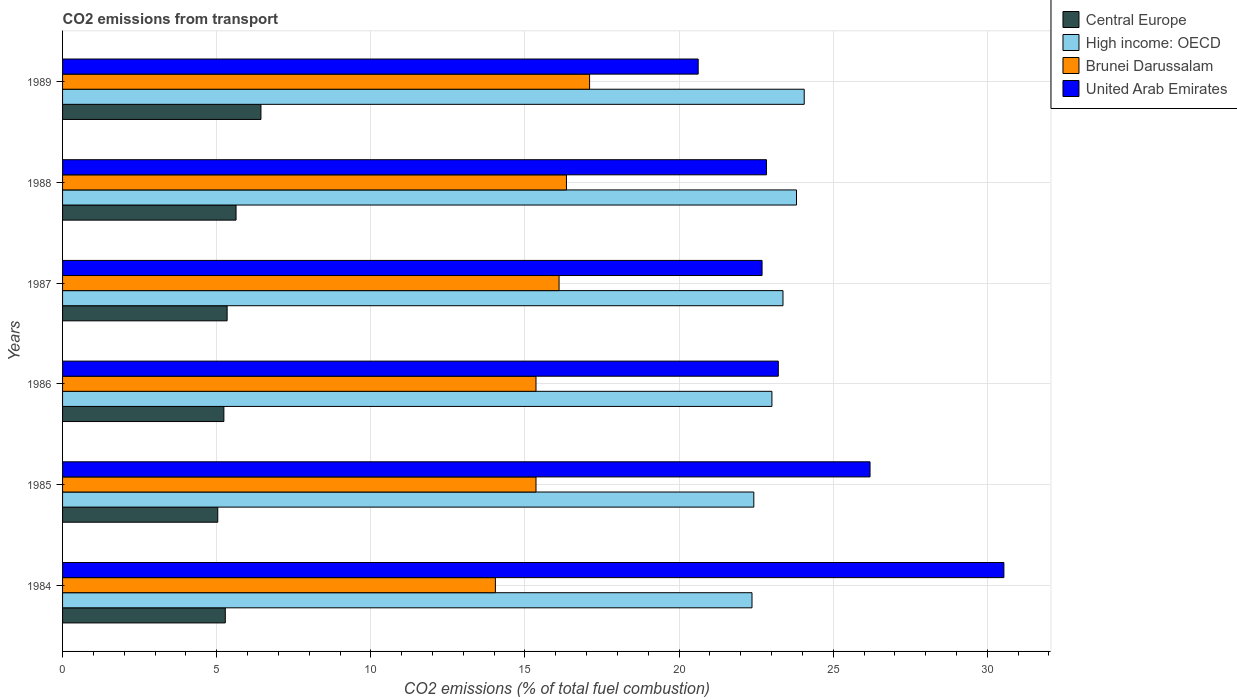
| Years | Central Europe | High income: OECD | Brunei Darussalam | United Arab Emirates |
 | --- | --- | --- | --- | --- |
 | 1984 | 5.28 | 22.4 | 14 | 30.5 |
 | 1985 | 5.03 | 22.4 | 15.4 | 26.2 |
 | 1986 | 5.23 | 23 | 15.4 | 23.2 |
 | 1987 | 5.34 | 23.4 | 16.1 | 22.7 |
 | 1988 | 5.63 | 23.8 | 16.3 | 22.8 |
 | 1989 | 6.44 | 24.1 | 17.1 | 20.6 |